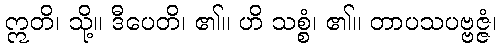
ဣတိ၊ သို့။ ဒီပေတိ၊ ၏။ ဟိ သစ္စံ၊ ၏။ တာပသပဗ္ဗဇ္ဇံ၊